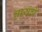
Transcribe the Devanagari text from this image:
बायंचे